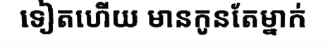
ទៀតហើយ មានកូនតែម្នាក់